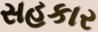
સહકાર